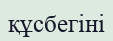
құсбегіні